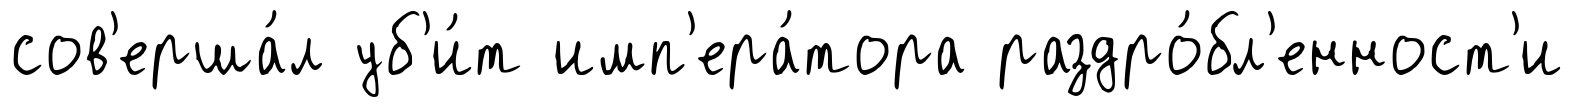
сов'ерша́л уб'и́т имп'ера́тора раздро́бл'енност'и